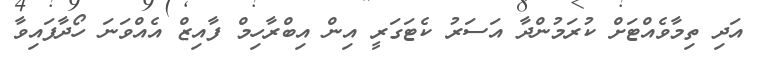
އަދި ތިމާވެއްޓަށް ކުރަމުންދާ އަސަރު ކެޓަގަރީ އިން އިބްރާހިމް ފާއިޒް އެއްވަނަ ހޯދާފައިވާ